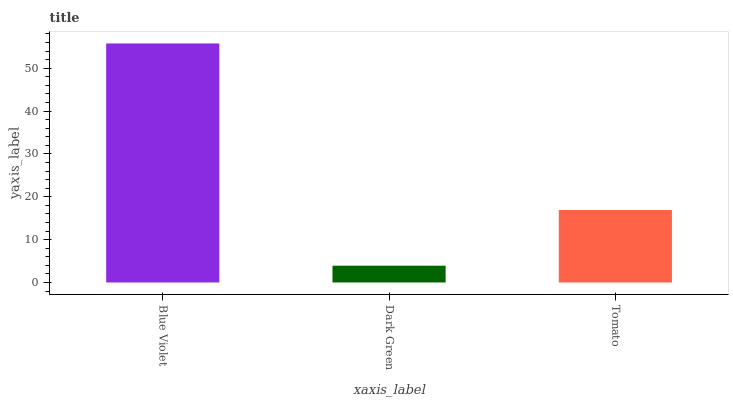
| xaxis_label | bars |
 | --- | --- |
 | Blue Violet | 55.8 |
 | Dark Green | 3.91 |
 | Tomato | 16.9 |